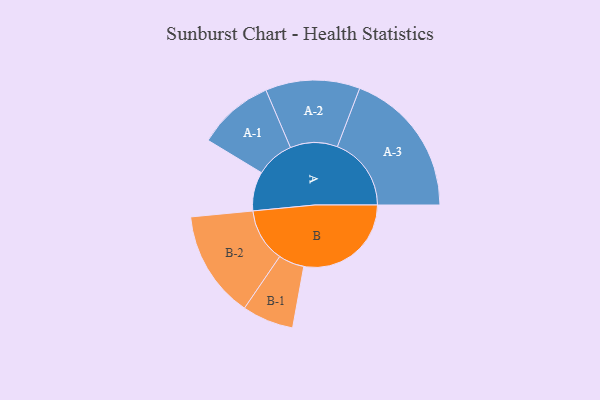
{"axis": {"x": "Segment", "y": "Value"}, "legend": ["", "A", "B"], "data": [{"x": "A", "y": 157, "type": ""}, {"x": "B", "y": 430, "type": ""}, {"x": "A-1", "y": 153, "type": "A"}, {"x": "A-2", "y": 189, "type": "A"}, {"x": "A-3", "y": 296, "type": "A"}, {"x": "B-1", "y": 103, "type": "B"}, {"x": "B-2", "y": 215, "type": "B"}]}